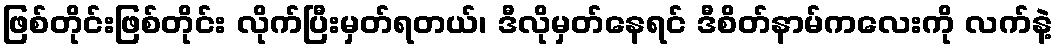
ဖြစ်တိုင်းဖြစ်တိုင်း လိုက်ပြီးမှတ်ရတယ်၊ ဒီလိုမှတ်နေရင် ဒီစိတ်နာမ်ကလေးကို လက်နဲ့